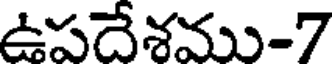
ఉపదేశము-7